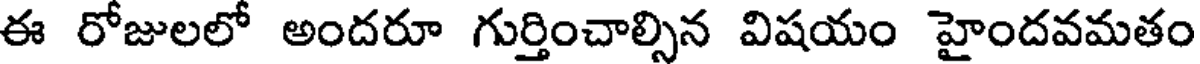
ఈ రోజులలో అందరూ గుర్తించాల్సిన విషయం హైందవమతం